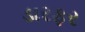
ડારફર